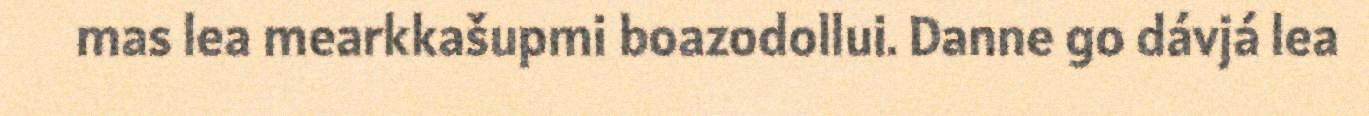
mas lea mearkkašupmi boazodollui. Danne go dávjá lea